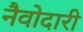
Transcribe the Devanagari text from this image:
नैवोदारी